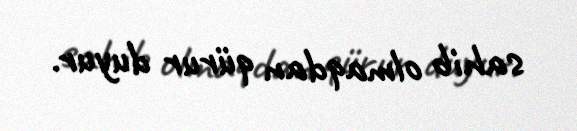
sahib olmaqdan qürur duyur.